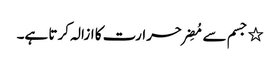
٭ جسم سے مُضِر حرارت کا ازالہ کرتا ہے۔